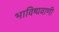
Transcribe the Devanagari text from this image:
भाविष्यवाणी